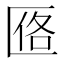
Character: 𪟰